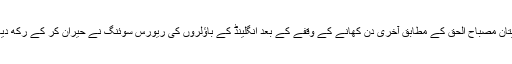
کپتان مصباح الحق کے مطابق آخری دِن کھانے کے وقفے کے بعد انگلینڈ کے باؤلروں کی ریورس سوئنگ نے حیران کر کے رکھ دیا ۔